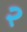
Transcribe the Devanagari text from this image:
२